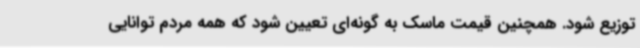
توزیع شود. همچنین قیمت ماسک به گونه‌ای تعیین شود که همه مردم توانایی